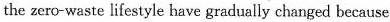
the zero-waste lifestyie have gradually changed because